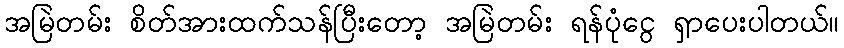
အမြဲတမ်း စိတ်အားထက်သန်ပြီးတော့ အမြဲတမ်း ရန်ပုံငွေ ရှာပေးပါတယ်။